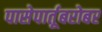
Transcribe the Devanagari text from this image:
पासेपार्तूबरोबर